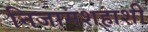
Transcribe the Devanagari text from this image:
निजामशहाशी